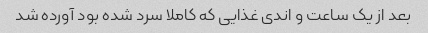
بعد از یک ساعت و اندی غذایی که کاملا سرد شده بود آورده شد